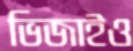
ভিজাইও